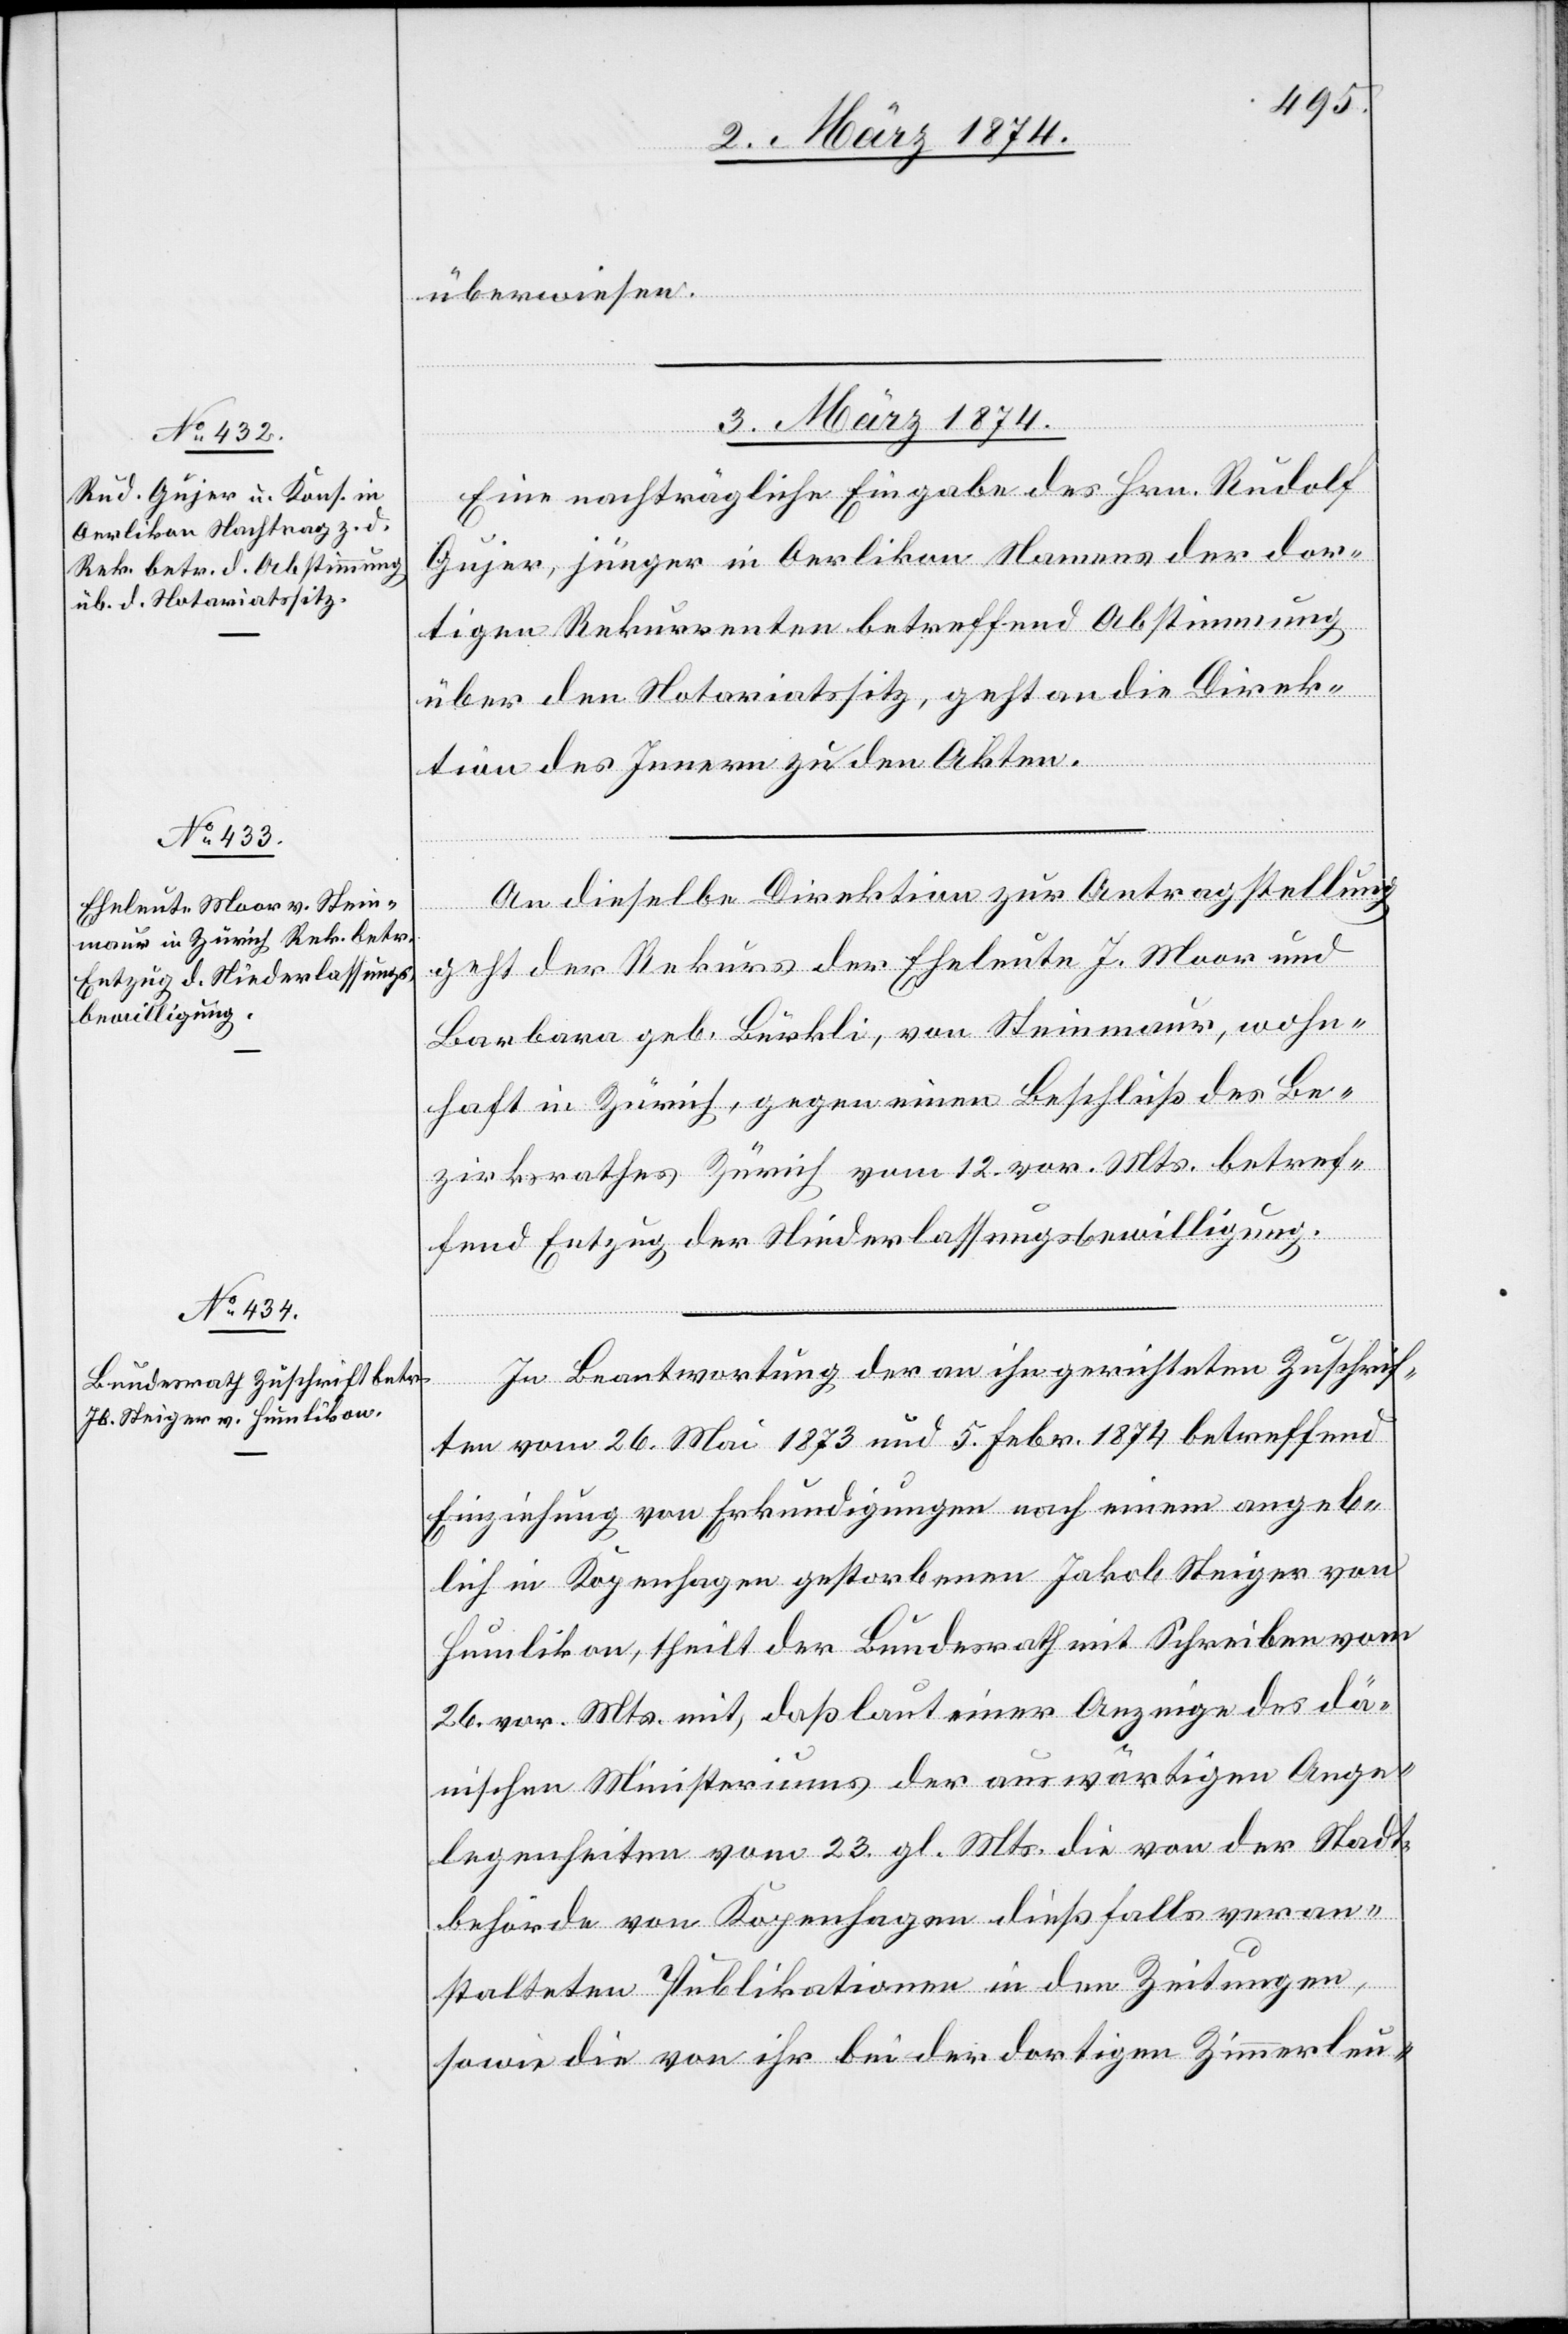
3. März 1874.]
überwiesen.
3. März 1874.
Eine nachträgliche Eingabe des Hrn. Rudolf
Gujer, jünger in Oerlikon Namens der dor¬
tigen Rekurrenten betreffend Abstimmung
über den Notariatssitz, geht an die Direk¬
tion des Innern zu den Akten.
An dieselbe Direktion zur Antragstellung
geht der Rekurs der Eheleute J. Moor und
Barbara geb. Bürkli, von Steinmaur, wohn¬
haft in Zürich, gegen einen Beschluß des Be¬
zirksrathes Zürich vom 12. vor. Mts. betref¬
fend Entzug der Niederlassungsbewilligung.
In Beantwortung der an ihn gerichteten Zuschrif¬
ten vom 26. Mai 1873 und 5. Febr. 1874 betreffend
Einziehung von Erkundigungen nach einem angeb¬
lich in Kopenhagen gestorbenen Jakob Steiger von
Humlikon, theilt der Bundesrath mit Schreiben vom
26. vor. Mts. mit, daß laut einer Anzeige des dä¬
nischen Ministeriums der auswärtigen Ange¬
legenheiten vom 23. gl. Mts. die von der Stadt¬
behörde von Kopenhagen dießfalls veran¬
stalteten Publikationen in den Zeitungen,
sowie die von ihr bei der dortigen Zimmerleu-